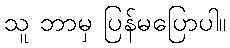
သူ ဘာမှ ပြန်မပြောပါ။